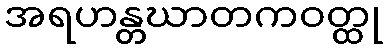
အရဟန္တဃာတကဝတ္ထု